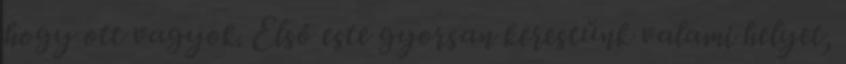
hogy ott vagyok. Első este gyorsan kerestünk valami helyet,